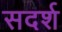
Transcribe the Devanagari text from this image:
सदर्श